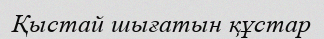
Қыстай шығатын құстар